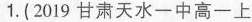
1.(2019甘肃天水一中高一上